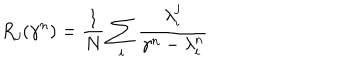
R _ { j } ( \gamma ^ { n } ) = \frac 1 N \sum _ { i } \frac { \lambda _ { i } ^ { j } } { \gamma ^ { n } - \lambda _ { i } ^ { n } }